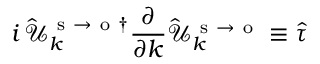
i \, \hat { \mathcal { U } } _ { k } ^ { \mathrm { ~ s ~ } \to \mathrm { ~ o ~ } \dagger } \frac { \partial } { \partial k } \hat { \mathcal { U } } _ { k } ^ { \mathrm { ~ s ~ } \to \mathrm { ~ o ~ } } \equiv \hat { \tau }